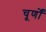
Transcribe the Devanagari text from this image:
चूर्णों